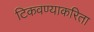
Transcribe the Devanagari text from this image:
टिकवण्याकरिता